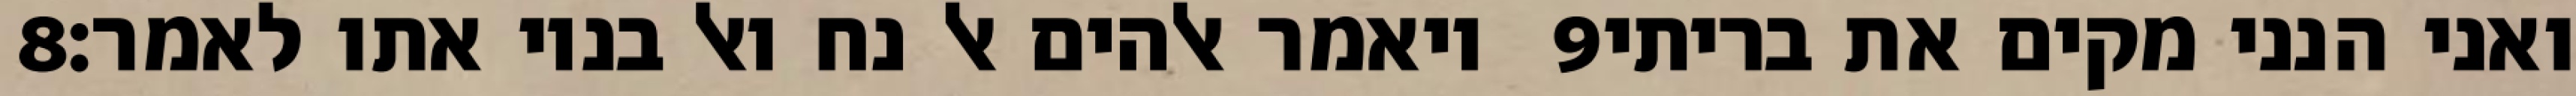
‎8‏ ויאמר אלהים אל נח ואל בניו אתו לאמר׃ ‎9‏ ואני הנני מקים את בריתי